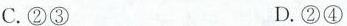
C.②③ D.②④